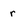
Character: r